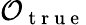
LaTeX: \mathcal{O}_{\mathrm{~t~r~u~e~}}